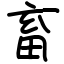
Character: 畜